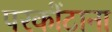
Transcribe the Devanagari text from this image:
परकोंटाना